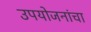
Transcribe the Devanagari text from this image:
उपयोजनांचा